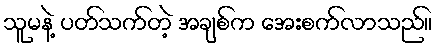
သူမနဲ့ ပတ်သက်တဲ့ အချစ်က အေးစက်လာသည်။